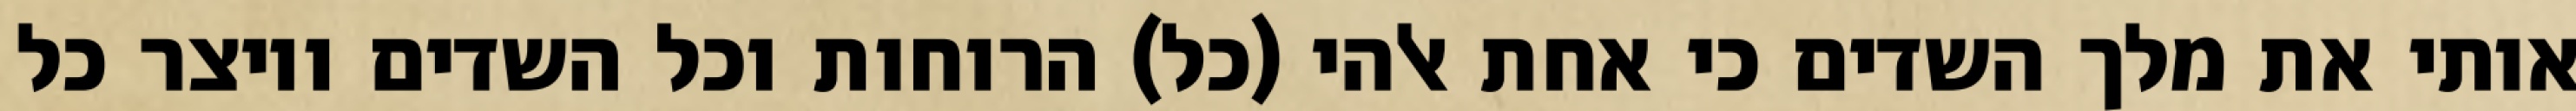
אותי את מלך השדים כי אחת אלהי (כל) הרוחות וכל השדים ויוצר כל